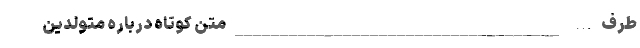
طرف … ____________________________________ متن کوتاه درباره متولدین